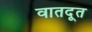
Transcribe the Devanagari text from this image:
वातदूत